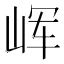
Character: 𰎝